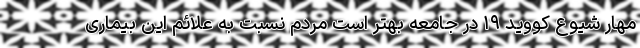
مهار شیوع کووید ۱۹ در جامعه بهتر است مردم نسبت به علائم این بیماری